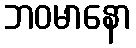
ဘဝမာနော